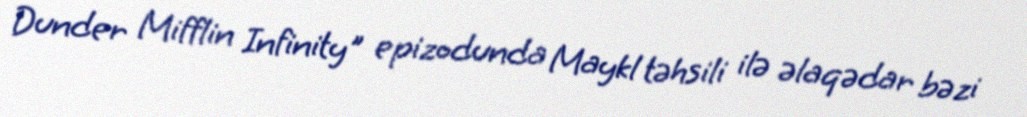
Dunder Mifflin Infinity" epizodunda Maykl təhsili ilə əlaqədar bəzi